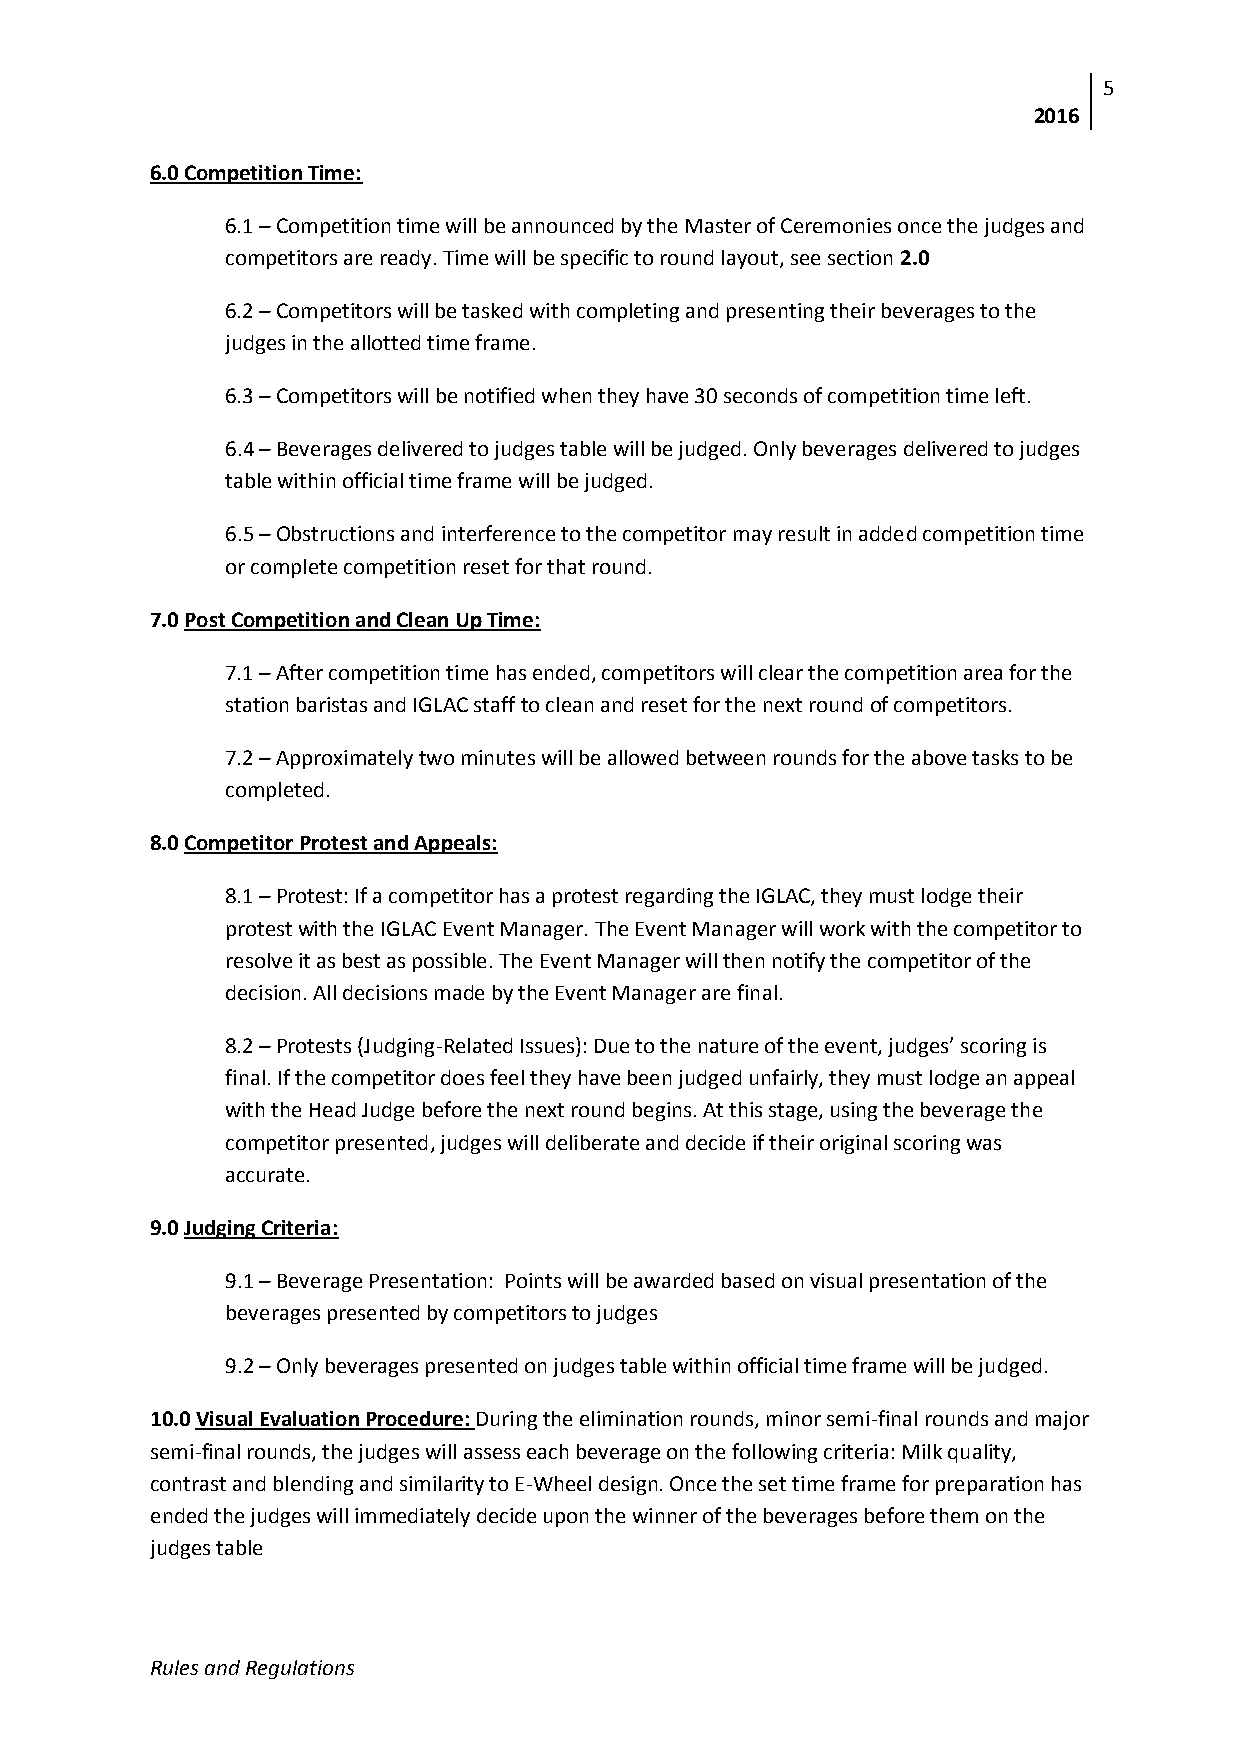
5
 2016
 6.0 Competition Time:
 6.1 – Competition time will be announced by the Master of Ceremonies once the judges and
 competitors are ready. Time will be specific to round layout, see section 2.0
 6.2 – Competitors will be tasked with completing and presenting their beverages to the
 judges in the allotted time frame.
 6.3 – Competitors will be notified when they have 30 seconds of competition time left.
 6.4 – Beverages delivered to judges table will be judged. Only beverages delivered to judges
 table within official time frame will be judged.
 6.5 – Obstructions and interference to the competitor may result in added competition time
 or complete competition reset for that round.
 7.0 Post Competition and Clean Up Time:
 7.1 – After competition time has ended, competitors will clear the competition area for the
 station baristas and IGLAC staff to clean and reset for the next round of competitors.
 7.2 – Approximately two minutes will be allowed between rounds for the above tasks to be
 completed.
 8.0 Competitor Protest and Appeals:
 8.1 – Protest: If a competitor has a protest regarding the IGLAC, they must lodge their
 protest with the IGLAC Event Manager. The Event Manager will work with the competitor to
 resolve it as best as possible. The Event Manager will then notify the competitor of the
 decision. All decisions made by the Event Manager are final.
 8.2 – Protests (Judging-Related Issues): Due to the nature of the event, judges’ scoring is
 final. If the competitor does feel they have been judged unfairly, they must lodge an appeal
 with the Head Judge before the next round begins. At this stage, using the beverage the
 competitor presented, judges will deliberate and decide if their original scoring was
 accurate.
 9.0 Judging Criteria:
 9.1 – Beverage Presentation: Points will be awarded based on visual presentation of the
 beverages presented by competitors to judges
 9.2 – Only beverages presented on judges table within official time frame will be judged.
 10.0 Visual Evaluation Procedure: During the elimination rounds, minor semi-final rounds and major
 semi-final rounds, the judges will assess each beverage on the following criteria: Milk quality,
 contrast and blending and similarity to E-Wheel design. Once the set time frame for preparation has
 ended the judges will immediately decide upon the winner of the beverages before them on the
 judges table
 Rules and Regulations